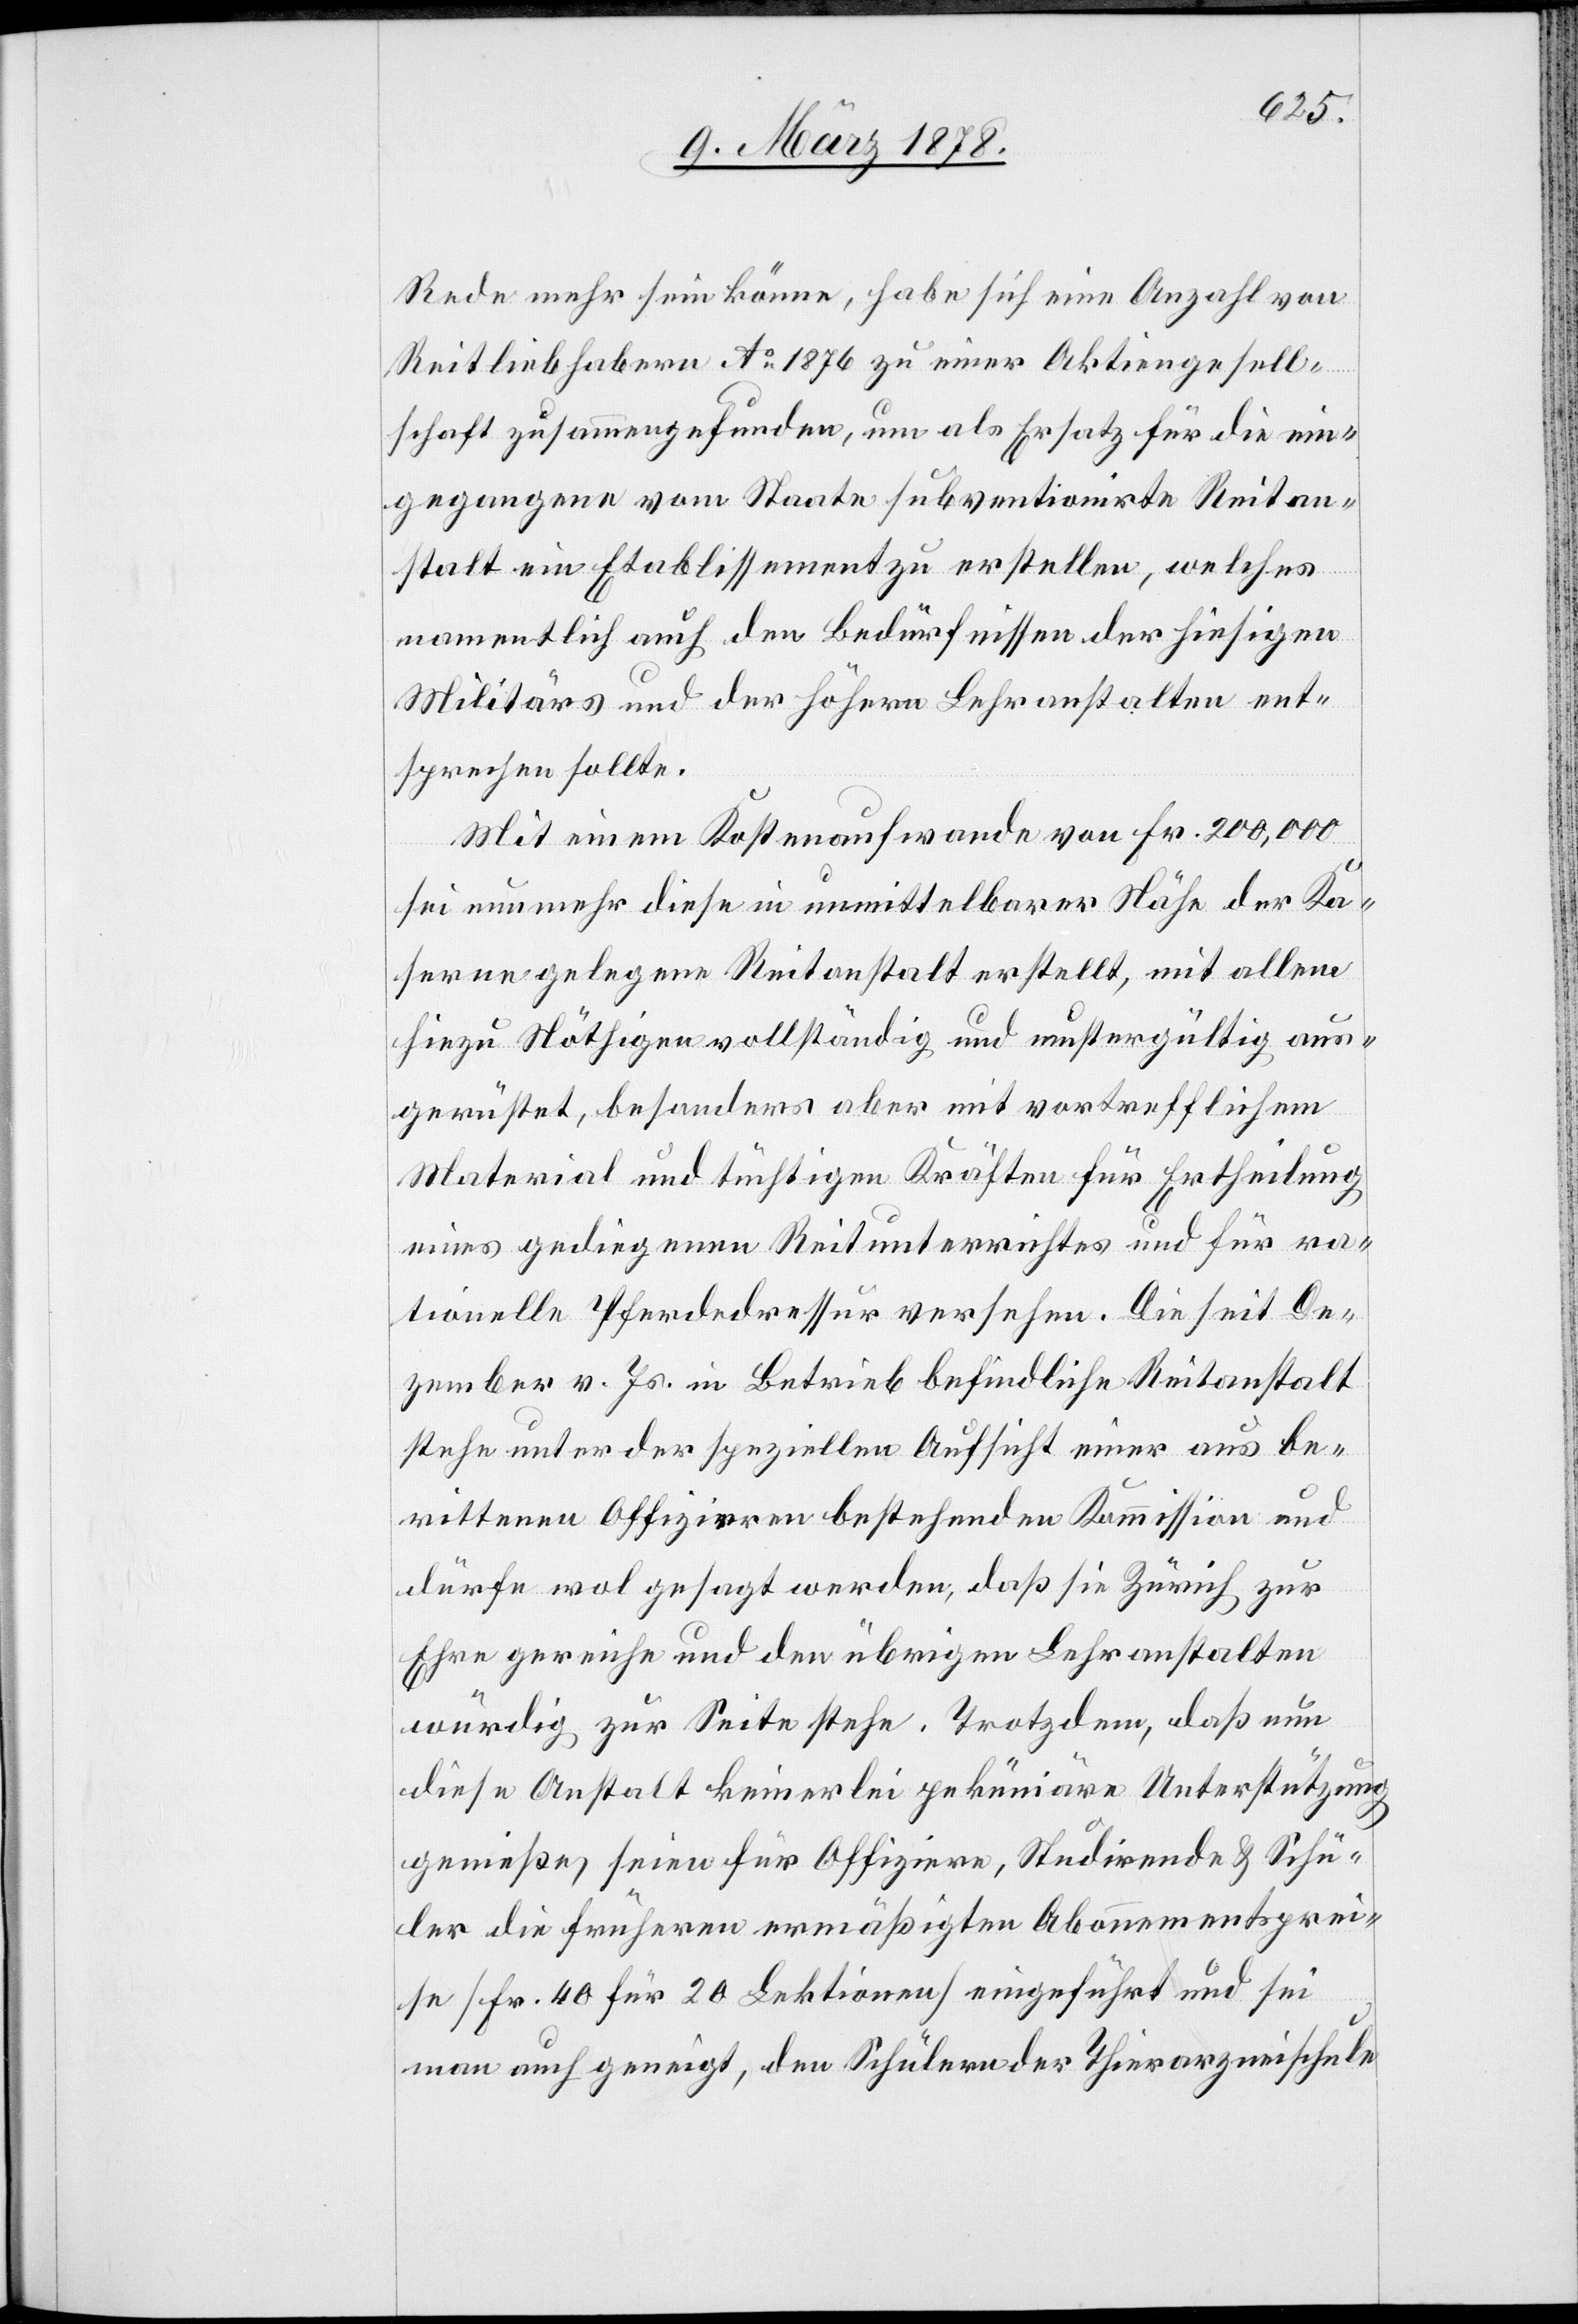
Rede mehr sein könne, habe sich eine Anzahl von
Reitliebhabern Ao 1876 zu einer Aktiengesell¬
schaft zusammengefunden, um als Ersatz für die ein¬
gegangene vom Staate subventionirte Reitan¬
stalt ein Etablissement zu erstellen, welches
namentlich auch den Bedürfnissen des hiesigen
Militärs und der höhern Lehranstalten ent¬
sprechen sollte.
Mit einem Kostenaufwande von Fr. 200,000
sei nunmehr diese in unmittelbarer Nähe der Ka¬
serne gelegene Reitanstalt erstellt, mit allem
hiezu Nöthigen vollständig und mustergültig aus¬
gerüstet, besonders aber mit vortrefflichem
Material und tüchtigen Kräften für Ertheilung
eines gediegenen Reitunterrichtes und für ra¬
tionelle Pferdedressur versehen. Die seit De¬
zember v. Js. in Betrieb befindliche Reitanstalt
stehe unter der speziellen Aufsicht einer aus be¬
rittenen Offiziren bestehenden Kommission und
dürfe wol gesagt werden, daß sie Zürich, zur
Ehre gereiche und den übrigen Lehranstalten
würdig zur Seite stehe. Trotzdem, daß nun
diese Anstalt keinerlei pekuniäre Unterstützung
genieße, seien für Offizire, Studirende & Schü¬
ler die frühern ermäßigten Abonnementsprei¬
se (Fr. 40 für 20 Lektionen) eingeführt und sei
man auch geneigt, den Schülern der Thierarzneischule